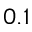
0 . 1